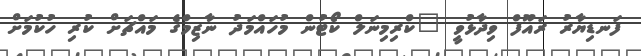
ފަނޑިޔާރު ރައޫފް ވިދާޅުވީ "ކްރިމިނަލް ކޯޓުން މުހައްމަދު ނާޒިމްގެ މައްޗަށް ކުރި ހުކުމަށް